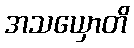
အသယှောတိ